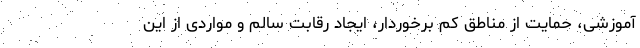
آموزشی، حمایت از مناطق کم برخوردار، ایجاد رقابت سالم و مواردی از این